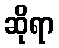
ဆိုရာ